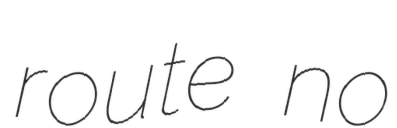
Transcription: route no